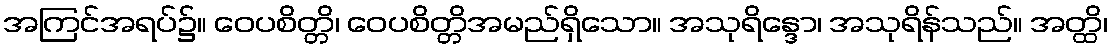
အကြင်အရပ်၌။ ဝေပစိတ္တိ၊ ဝေပစိတ္တိအမည်ရှိသော။ အသုရိန္ဒော၊ အသုရိန်သည်။ အတ္ထိ၊